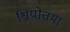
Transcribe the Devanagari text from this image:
श्रियोत्तमा